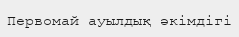
Первомай ауылдық әкімдігі